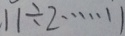
1 1 \div 2 \cdots 1 1